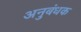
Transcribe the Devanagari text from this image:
अनुबंधक